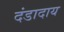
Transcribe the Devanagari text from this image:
दंडादाय